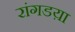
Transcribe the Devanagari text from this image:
रांगडय़ा